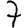
Digit: 7